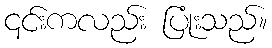
၎င်းကလည်း ပြုံးသည်။